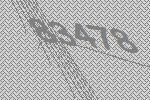
83478